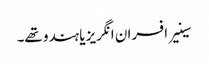
سینیر افسران انگریز یا ہندو تھے۔